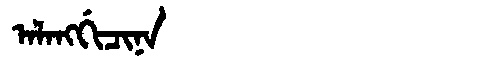
Manchu: ᠠᠯᠠᠩᡤᡳᠴᡳᠨᠠ
Romanization: ALANGGICINA